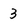
Character: 3